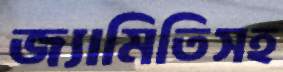
জ্যামিতিসহ